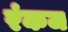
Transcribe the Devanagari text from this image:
रंकज